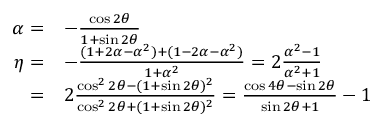
\begin{array} { r l } { \alpha = } & { - \frac { \cos 2 \theta } { 1 + \sin 2 \theta } } \\ { \eta = } & { - \frac { ( 1 + 2 \alpha - \alpha ^ { 2 } ) + ( 1 - 2 \alpha - \alpha ^ { 2 } ) } { 1 + \alpha ^ { 2 } } = 2 \frac { \alpha ^ { 2 } - 1 } { \alpha ^ { 2 } + 1 } } \\ { = } & { 2 \frac { \cos ^ { 2 } 2 \theta - ( 1 + \sin 2 \theta ) ^ { 2 } } { \cos ^ { 2 } 2 \theta + ( 1 + \sin 2 \theta ) ^ { 2 } } = \frac { \cos 4 \theta - \sin 2 \theta } { \sin 2 \theta + 1 } - 1 } \end{array}